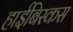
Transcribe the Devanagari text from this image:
हाईबिस्कस